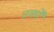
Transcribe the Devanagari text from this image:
तर्काें